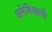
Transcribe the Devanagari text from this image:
अरेबिआची